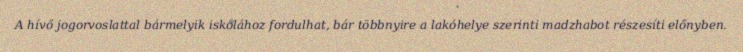
A hívő jogorvoslattal bármelyik iskolához fordulhat, bár többnyire a lakóhelye szerinti madzhabot részesíti előnyben.